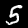
Label: 5